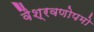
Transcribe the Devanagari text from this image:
वैश्रवणोपमो